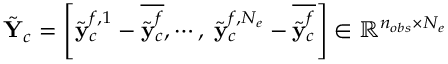
\tilde { \mathbf { Y } } _ { c } = \left[ { \tilde { \bf y } } _ { c } ^ { f , 1 } - \overline { { \tilde { \bf y } _ { c } ^ { f } } } , \cdots , \; \tilde { { \bf y } } _ { c } ^ { f , N _ { e } } - \overline { { \tilde { { \bf y } } _ { c } ^ { f } } } \right] \in \mathbb { R } ^ { n _ { o b s } \times N _ { e } }